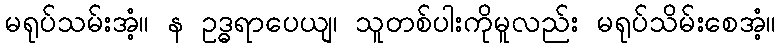
မရုပ်သမ်းအံ့။ န ဥဒ္ဓရာပေယျ၊ သူတစ်ပါးကိုမူလည်း မရုပ်သိမ်းစေအံ့။